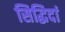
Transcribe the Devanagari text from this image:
सिद्धिदां